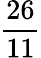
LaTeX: \frac{26}{11}